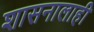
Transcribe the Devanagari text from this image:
शासनालाही